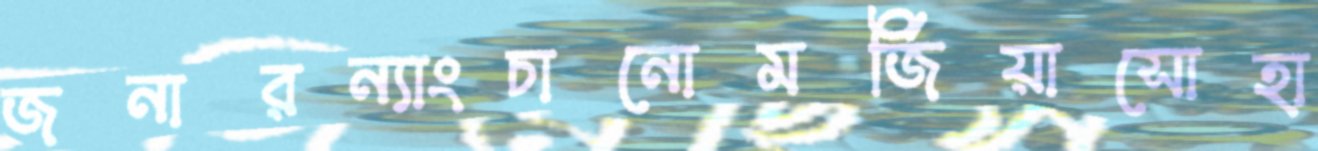
জনারন্যাংচানোমর্জিয়াসোহা